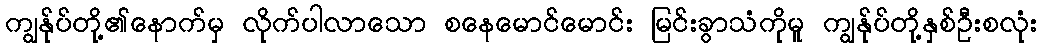
ကျွန်ုပ်တို့၏နောက်မှ လိုက်ပါလာသော စနေမောင်မောင်း မြင်းခွာသံကိုမူ ကျွန်ုပ်တို့နှစ်ဦးစလုံး